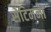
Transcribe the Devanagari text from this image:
सेटिमना